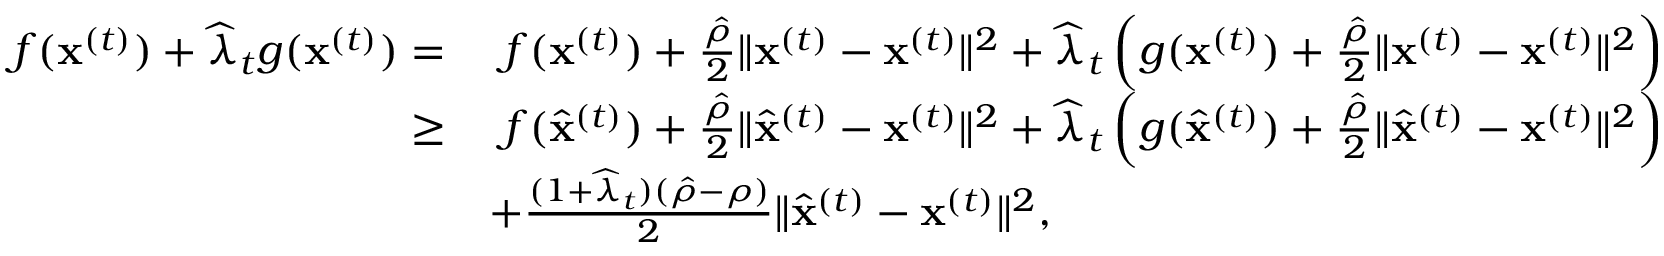
\begin{array} { r l } { f ( { \mathbf x } ^ { ( t ) } ) + \widehat \lambda _ { t } g ( { \mathbf x } ^ { ( t ) } ) = } & { ~ f ( { \mathbf x } ^ { ( t ) } ) + \frac { \hat { \rho } } { 2 } \| { \mathbf x } ^ { ( t ) } - { \mathbf x } ^ { ( t ) } \| ^ { 2 } + \widehat \lambda _ { t } \left( g ( { \mathbf x } ^ { ( t ) } ) + \frac { \hat { \rho } } { 2 } \| { \mathbf x } ^ { ( t ) } - { \mathbf x } ^ { ( t ) } \| ^ { 2 } \right) } \\ { \geq } & { ~ f ( \widehat { \mathbf x } ^ { ( t ) } ) + \frac { \hat { \rho } } { 2 } \| \widehat { \mathbf x } ^ { ( t ) } - { \mathbf x } ^ { ( t ) } \| ^ { 2 } + \widehat \lambda _ { t } \left( g ( \widehat { \mathbf x } ^ { ( t ) } ) + \frac { \hat { \rho } } { 2 } \| \widehat { \mathbf x } ^ { ( t ) } - { \mathbf x } ^ { ( t ) } \| ^ { 2 } \right) } \\ & { + \frac { ( 1 + \widehat \lambda _ { t } ) ( \hat { \rho } - \rho ) } { 2 } \| \widehat { \mathbf x } ^ { ( t ) } - { \mathbf x } ^ { ( t ) } \| ^ { 2 } , } \end{array}